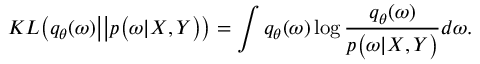
K L \big ( q _ { \theta } ( \boldsymbol { \omega } ) \big | \big | p \big ( \boldsymbol { \omega } | \boldsymbol { X } , \boldsymbol { Y } \big ) \big ) = \int q _ { \theta } ( \boldsymbol { \omega } ) \log \frac { q _ { \theta } ( \boldsymbol { \omega } ) } { p \big ( \boldsymbol { \omega } | \boldsymbol { X } , \boldsymbol { Y } \big ) } d \boldsymbol { \omega } .